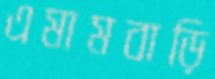
এমামবাড়ি